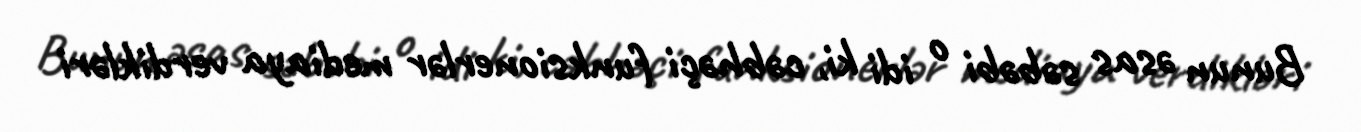
Bunun əsas səbəbi o idi ki, cəbhəçi funksionerlər mediaya verdikləri